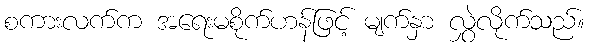
စကားလက်က အရေးမစိုက်ဟန်ဖြင့် မျက်နှာ လွှဲလိုက်သည်။